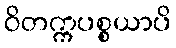
ဝိတက္ကပစ္စယာပိ